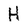
Character: H